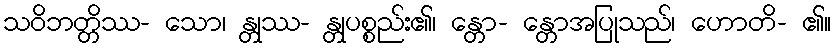
သဝိဘတ္တိဿ- သော၊ န္တုဿ- န္တုပစ္စည်း၏၊ န္တော- န္တောအပြုသည်၊ ဟောတိ- ၏။